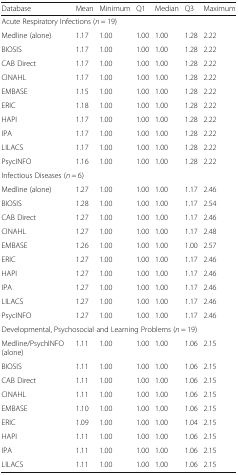
<table><thead><tr><td><b>Database</b></td><td><b>Mean</b></td><td><b>Minimum</b></td><td><b>Q1</b></td><td><b>Median</b></td><td><b>Q3</b></td><td><b>Maximum</b></td></tr></thead><tbody><tr><td colspan="7">Acute Respiratory Infections (<i>n</i> = 19)</td></tr><tr><td>Medline (alone)</td><td>1.17</td><td>1.00</td><td>1.00</td><td>1.00</td><td>1.28</td><td>2.22</td></tr><tr><td>BIOSIS</td><td>1.17</td><td>1.00</td><td>1.00</td><td>1.00</td><td>1.28</td><td>2.22</td></tr><tr><td>CAB Direct</td><td>1.17</td><td>1.00</td><td>1.00</td><td>1.00</td><td>1.28</td><td>2.22</td></tr><tr><td>CINAHL</td><td>1.17</td><td>1.00</td><td>1.00</td><td>1.00</td><td>1.28</td><td>2.22</td></tr><tr><td>EMBASE</td><td>1.15</td><td>1.00</td><td>1.00</td><td>1.00</td><td>1.28</td><td>2.22</td></tr><tr><td>ERIC</td><td>1.18</td><td>1.00</td><td>1.00</td><td>1.00</td><td>1.28</td><td>2.22</td></tr><tr><td>HAPI</td><td>1.17</td><td>1.00</td><td>1.00</td><td>1.00</td><td>1.28</td><td>2.22</td></tr><tr><td>IPA</td><td>1.17</td><td>1.00</td><td>1.00</td><td>1.00</td><td>1.28</td><td>2.22</td></tr><tr><td>LILACS</td><td>1.17</td><td>1.00</td><td>1.00</td><td>1.00</td><td>1.28</td><td>2.22</td></tr><tr><td>PsycINFO</td><td>1.16</td><td>1.00</td><td>1.00</td><td>1.00</td><td>1.28</td><td>2.22</td></tr><tr><td colspan="7">Infectious Diseases (<i>n</i> = 6)</td></tr><tr><td>Medline (alone)</td><td>1.27</td><td>1.00</td><td>1.00</td><td>1.00</td><td>1.17</td><td>2.46</td></tr><tr><td>BIOSIS</td><td>1.28</td><td>1.00</td><td>1.00</td><td>1.00</td><td>1.17</td><td>2.54</td></tr><tr><td>CAB Direct</td><td>1.27</td><td>1.00</td><td>1.00</td><td>1.00</td><td>1.17</td><td>2.46</td></tr><tr><td>CINAHL</td><td>1.27</td><td>1.00</td><td>1.00</td><td>1.00</td><td>1.17</td><td>2.48</td></tr><tr><td>EMBASE</td><td>1.26</td><td>1.00</td><td>1.00</td><td>1.00</td><td>1.00</td><td>2.57</td></tr><tr><td>ERIC</td><td>1.27</td><td>1.00</td><td>1.00</td><td>1.00</td><td>1.17</td><td>2.46</td></tr><tr><td>HAPI</td><td>1.27</td><td>1.00</td><td>1.00</td><td>1.00</td><td>1.17</td><td>2.46</td></tr><tr><td>IPA</td><td>1.27</td><td>1.00</td><td>1.00</td><td>1.00</td><td>1.17</td><td>2.46</td></tr><tr><td>LILACS</td><td>1.27</td><td>1.00</td><td>1.00</td><td>1.00</td><td>1.17</td><td>2.46</td></tr><tr><td>PsycINFO</td><td>1.27</td><td>1.00</td><td>1.00</td><td>1.00</td><td>1.17</td><td>2.46</td></tr><tr><td colspan="7">Developmental, Psychosocial and Learning Problems (<i>n</i> = 19)</td></tr><tr><td>Medline/PsychINFO (alone)</td><td>1.11</td><td>1.00</td><td>1.00</td><td>1.00</td><td>1.06</td><td>2.15</td></tr><tr><td>BIOSIS</td><td>1.11</td><td>1.00</td><td>1.00</td><td>1.00</td><td>1.06</td><td>2.15</td></tr><tr><td>CAB Direct</td><td>1.11</td><td>1.00</td><td>1.00</td><td>1.00</td><td>1.06</td><td>2.15</td></tr><tr><td>CINAHL</td><td>1.11</td><td>1.00</td><td>1.00</td><td>1.00</td><td>1.06</td><td>2.15</td></tr><tr><td>EMBASE</td><td>1.10</td><td>1.00</td><td>1.00</td><td>1.00</td><td>1.06</td><td>2.15</td></tr><tr><td>ERIC</td><td>1.09</td><td>1.00</td><td>1.00</td><td>1.00</td><td>1.04</td><td>2.15</td></tr><tr><td>HAPI</td><td>1.11</td><td>1.00</td><td>1.00</td><td>1.00</td><td>1.06</td><td>2.15</td></tr><tr><td>IPA</td><td>1.11</td><td>1.00</td><td>1.00</td><td>1.00</td><td>1.06</td><td>2.15</td></tr><tr><td>LILACS</td><td>1.11</td><td>1.00</td><td>1.00</td><td>1.00</td><td>1.06</td><td>2.15</td></tr></tbody></table>